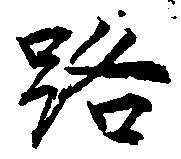
路